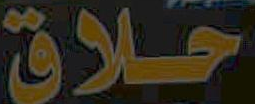
خلاق